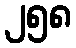
၂၅၈